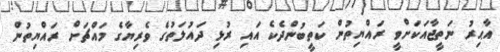
އާޙިރު ނަތީޖާއަކަށްވީ ރައްޔިތުން ކަތީބުންދެކެ އައި ރުޅި ދައުލަތުގެ ވެރިޔާގެ މައްޗަށް ރައްޔިތުން